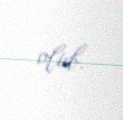
olub.